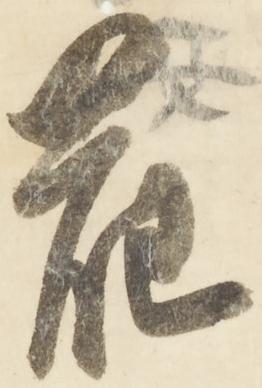
花